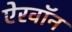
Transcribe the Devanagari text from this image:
ऐरवॉन